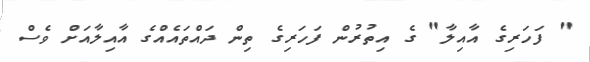
" ފަހަރިގެ އާއިލާ" ގެ އިތުރުން ފަހަރިގެ ތިން ދައްތައެއްގެ އާއިލާއަށް ވެސް